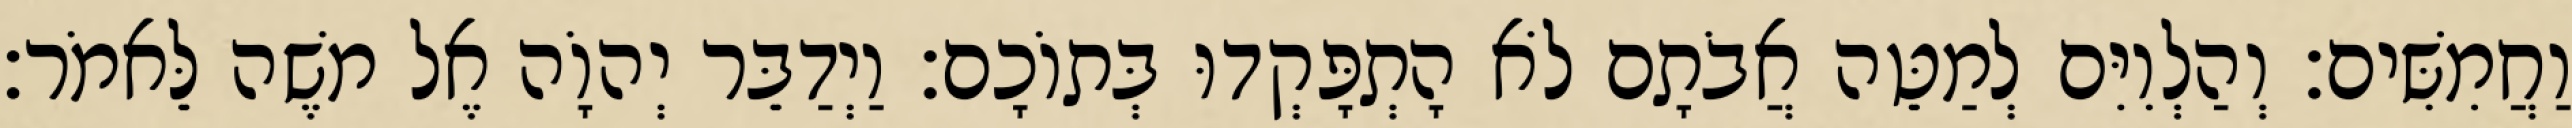
וַחֲמִשִּׁים׃ וְהַלְוִיִּם לְמַטֵּה אֲבֹתָם לֹא הָתְפָּקְדוּ בְּתוֹכָם׃ וַיְדַבֵּר יְהוָֹה אֶל משֶׁה לֵּאמֹר׃